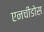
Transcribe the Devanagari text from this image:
एनचीडोस